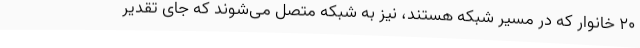
20 خانوار که در مسیر شبکه هستند، نیز به شبکه متصل می‌شوند که جای تقدیر